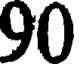
90